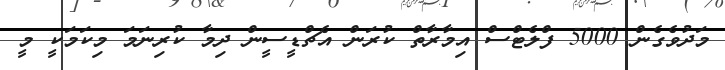
މަދުވެގެން 5000 ފްލެޓްސް އިމާރާތް ކުރަން އެޗްޑީސީން ދިމާ ކުރިނަމަ މިކަމަކީ މީ